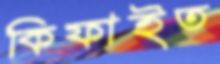
কিফাইত